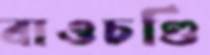
বাওচণ্ডি